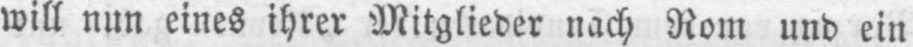
will nun eines ihrer Mitglieder nach Rom und ein